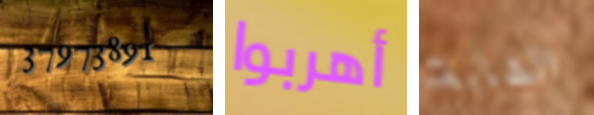
37973891 أهربوا الشابة